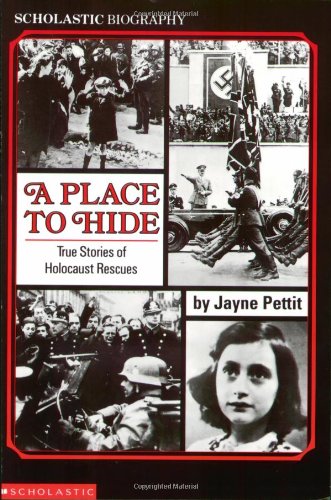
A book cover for A Place To Hide: True Stories Of Holocaust Rescues (Scholastic Biography); Jayne Pettit; Children's Books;